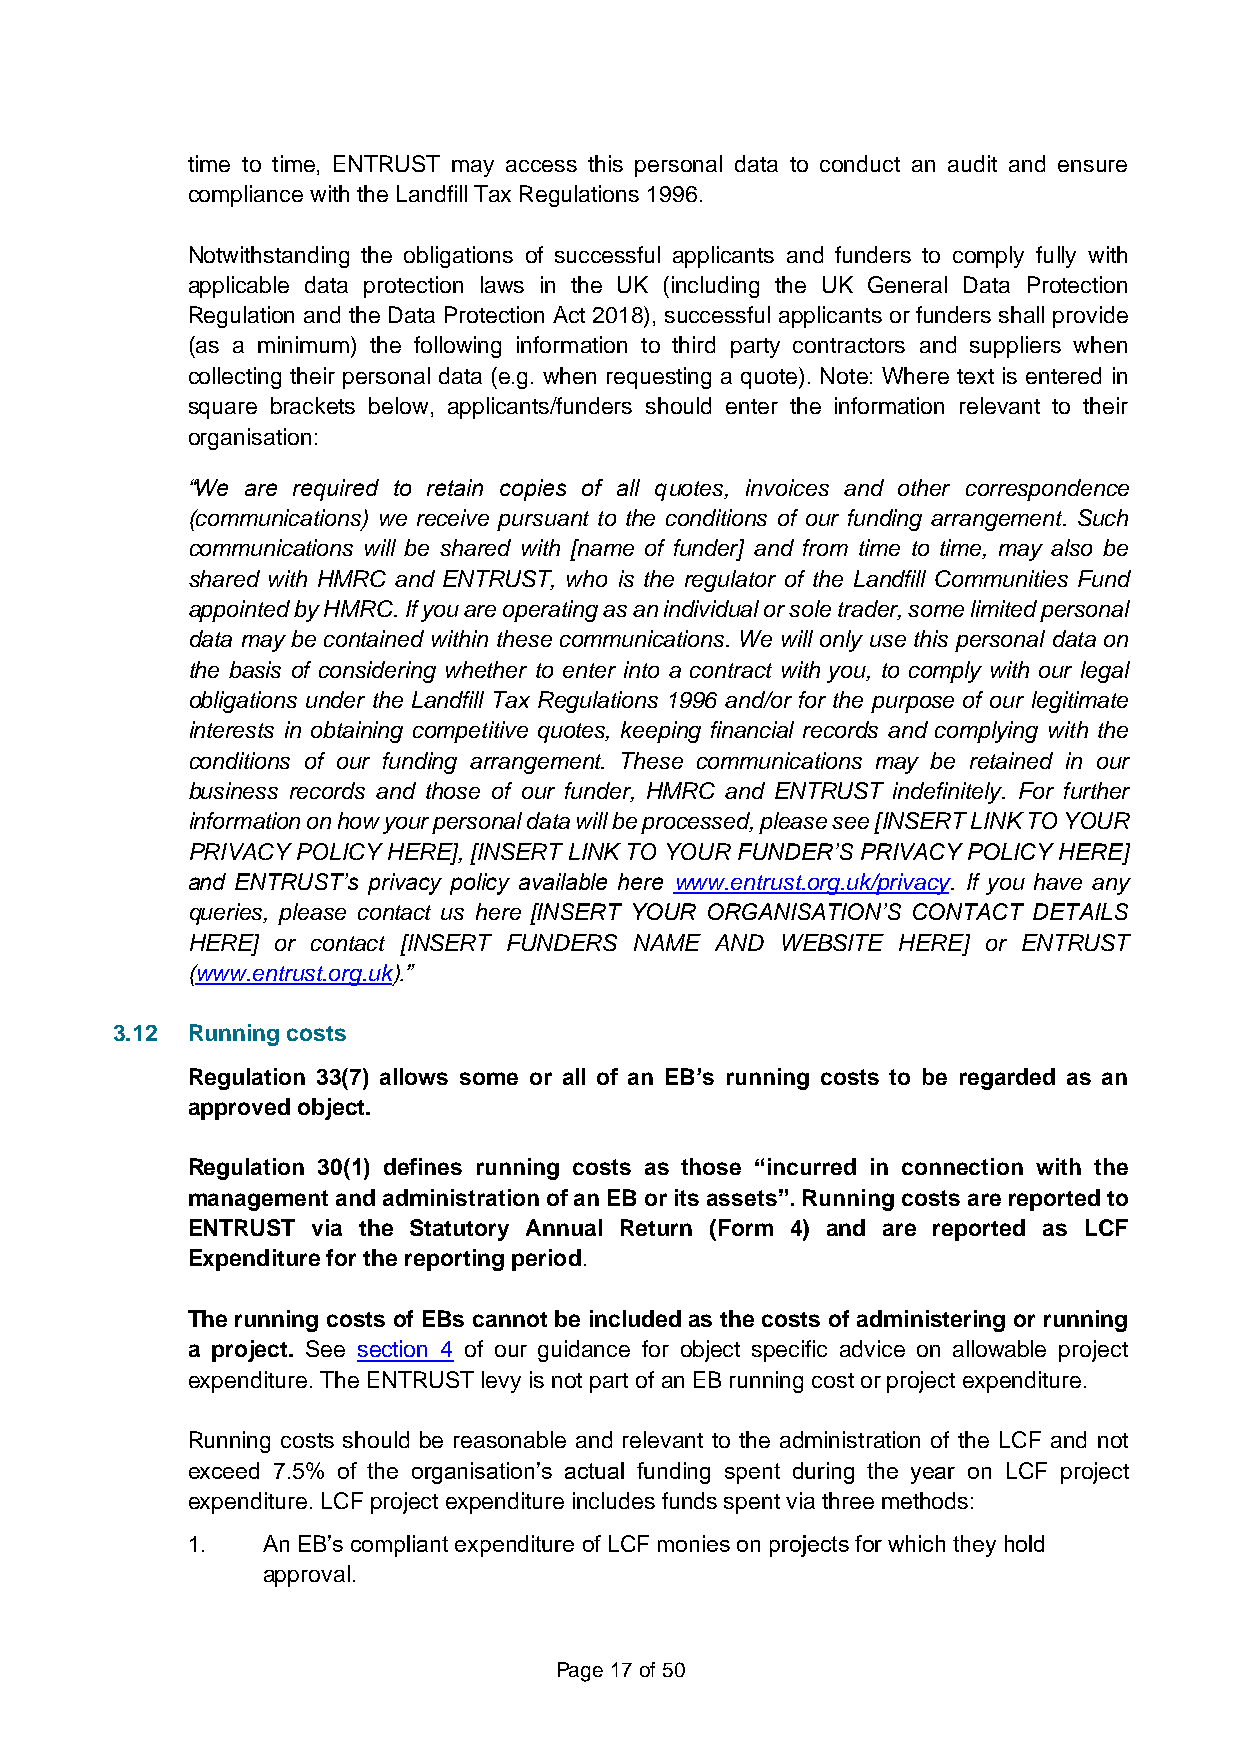
time to time, ENTRUST may access this personal data to conduct an audit and ensure
 compliance with the Landfill Tax Regulations 1996.
 Notwithstanding the obligations of successful applicants and funders to comply fully with
 applicable data protection laws in the UK (including the UK General Data Protection
 Regulation and the Data Protection Act 2018), successful applicants or funders shall provide
 (as a minimum) the following information to third party contractors and suppliers when
 collecting their personal data (e.g. when requesting a quote). Note: Where text is entered in
 square brackets below, applicants/funders should enter the information relevant to their
 organisation:
 “We are required to retain copies of all quotes, invoices and other correspondence
 (communications) we receive pursuant to the conditions of our funding arrangement. Such
 communications will be shared with [name of funder] and from time to time, may also be
 shared with HMRC and ENTRUST, who is the regulator of the Landfill Communities Fund
 appointed by HMRC. If you are operating as an individual or sole trader, some limited personal
 data may be contained within these communications. We will only use this personal data on
 the basis of considering whether to enter into a contract with you, to comply with our legal
 obligations under the Landfill Tax Regulations 1996 and/or for the purpose of our legitimate
 interests in obtaining competitive quotes, keeping financial records and complying with the
 conditions of our funding arrangement. These communications may be retained in our
 business records and those of our funder, HMRC and ENTRUST indefinitely. For further
 information on how your personal data will be processed, please see [INSERT LINK TO YOUR
 PRIVACY POLICY HERE], [INSERT LINK TO YOUR FUNDER’S PRIVACY POLICY HERE]
 and ENTRUST’s privacy policy available here www.entrust.org.uk/privacy. If you have any
 queries, please contact us here [INSERT YOUR ORGANISATION’S CONTACT DETAILS
 HERE] or contact [INSERT FUNDERS NAME AND WEBSITE HERE] or ENTRUST
 (www.entrust.org.uk).”
 3.12 Running costs
 Regulation 33(7) allows some or all of an EB’s running costs to be regarded as an
 approved object.
 Regulation 30(1) defines running costs as those “incurred in connection with the
 management and administration of an EB or its assets”. Running costs are reported to
 ENTRUST  via the Statutory Annual Return (Form 4) and are reported as LCF
 Expenditure for the reporting period.
 The running costs of EBs cannot be included as the costs of administering or running
 a project. See section 4 of our guidance for object specific advice on allowable project
 expenditure. The ENTRUST levy is not part of an EB running cost or project expenditure.
 Running costs should be reasonable and relevant to the administration of the LCF and not
 exceed 7.5% of the organisation’s actual funding spent during the year on LCF project
 expenditure. LCF project expenditure includes funds spent via three methods:
 1.   An EB’s compliant expenditure of LCF monies on projects for which they hold
 approval.
 Page 17 of 50